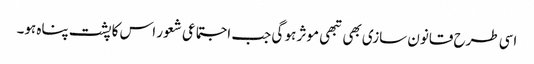
اسی طرح قانون سازی بھی تبھی موثر ہو گی جب اجتماعی شعور اس کا پشت پناہ ہو۔